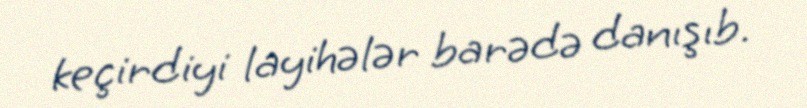
keçirdiyi layihələr barədə danışıb.